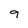
Character: 9